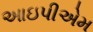
આઇપીએમ